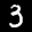
Label: 3